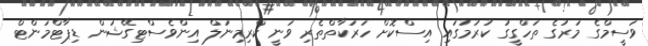
ވަސީމްގެ މަރުގެ ތަހްގީގު ކުރުމުގައި އިސްކޮށް ހަރަކާތްތެރި ވަނީ ކްރިމިނަލް އިންވެސްޓިގޭޝަން ޑިޕާޓްމަންޓް